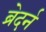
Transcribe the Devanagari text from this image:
ब्रेदर्न